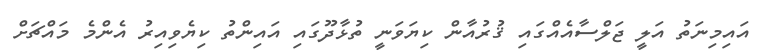
އައިމިނަތު އަލީ ޖަލްސާއެއްގައި ޤުރުއާން ކިޔަވަނީ ތުޅާދޫގައި އައިންތު ކިޔެވިއިރު އެންމެ މައްޗަށް